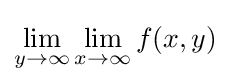
\lim _{y\to \infty }\lim _{x\to \infty }f(x,y)